Report on sanitation, dispensaries, and jails in Rajputana for 1919, and on vaccination for the year 1919-1920 - 1919-1920
Year: 1919
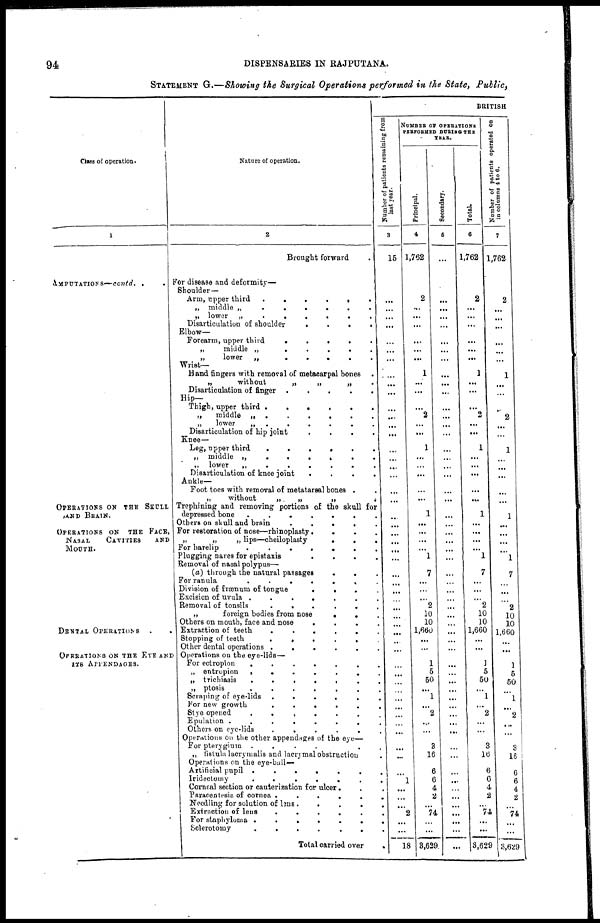
94
DISPENSARIES IN RAJPUTANA.
STATEMENT G.—Showing the Surgical Operations performed in the State, Public,
Class of operation.
1
AMPUTATIONS—contd. . .
OPERATIONS ON THE SKULL
AND BRAIN.
OPERATIONS ON THE FACE,
NASAL
CAVITIES
AND
MOUTH.
DENTAL OPERATIONS . .
OPERATIONS ON THE EYE AND
ITS APPENDACES.
Nature of operation.
2
Brought forward .
For disease and deformity—
Shoulder—
Arm, upper third
.
.
.
.
.
.
„ middle „
.
.
.
.
.
.
„ lower
„
.
.
.
.
.
.
Disarticulation of shoulder
.
.
.
.
Elbow—
Forearm, upper third
.
.
.
. .
„
middle „
.
.
.
.
.
„
lower
„
.
.
.
.
.
Wrist—
Hand fingers with removal of metacarpal bones
.
„
without
„
„
„ .
Disarticulation of finger .
.
.
.
.
Hip—
Thigh, upper third .
.
.
.
.
.
„
middle .
.
.
.
.
.
.
„
lower
.
.
.
.
.
.
.
Disarticulation of hip joint
.
.
.
.
Knee—
Leg, upper third
.
.
.
.
.
.
„ middle „
.
.
.
.
.
.
„ lower
„
.
.
.
.
.
.
Disarticulation of knee joint
.
.
.
.
Ankle—
Foot toes with removal of metatarsal bones . .
„
without
„
„
„
.
Trephining and removing portions of the skull for
depressed bone
.
.
.
.
.
.
.
Others on skull and brain
.
.
.
.
.
For restoration of nose—rhinoplasty.
.
.
.
„
„
„ lips—cheiloplasty
.
.
.
For harelip
.
.
.
.
.
.
Plugging naves for epistaxis
.
.
.
.
Removal of nasal polypus—
(a) through the natural passages
.
. .
For ranula
.
.
.
.
.
.
.
Division of frænum of tongue
.
.
.
.
Excision of uvula .
.
.
.
.
.
.
Removal of tonsils
.
.
.
.
.
.
„
foreign bodies from nose
.
. .
Others on mouth, face and nose
.
.
.
.
Extraction of teeth
.
.
.
.
.
.
Stopping of teeth
.
.
.
.
.
.
Other dental operations .
.
.
.
.
.
Operations on the eye-lids—
For ectropion
.
.
.
.
.
.
.
„ entropion
.
.
.
.
.
.
.
„ trichiasis
.
.
.
.
.
.
.
„ ptosis
.
.
.
.
.
.
.
Scraping of eye-lids .
.
.
.
.
.
For new growth
.
.
.
.
.
.
Stye opened
.
.
.
.
.
.
.
Epulation .
.
.
.
.
.
.
Others on eye-lids
.
.
.
.
.
.
Operations on the other appendages of the eye—
For pterygium .
.
.
.
.
„ fistula lacrymalis and laerymal obstruction .
Operations on the eye-ball—
Artificial pupil .
.
.
.
.
.
.
Iridectomy
.
.
.
.
.
.
.
Cornsal section or cauterization for ulcer. . .
Paracentesis of cornea .
.
.
.
.
.
Needling for solution of lens .
.
.
.
.
Extraction of lens
.
.
.
.
.
.
For staphyloma .
.
.
.
.
.
.
Sclerotomy
.
.
.
.
.
.
.
Total carried over
.
BRITISH
Number of patients remaining from
last year.
3
15
...
...
...
...
...
...
...
...
...
...
...
...
...
...
...
...
...
...
...
...
...
...
...
...
...
...
...
...
...
...
...
...
...
...
...
...
...
...
...
...
...
...
...
...
...
...
...
...
1
...
...
...
2
...
...
18
NUMBER OF OPERATIONS
PERFORMED DURING THE
YEAR.
Principal.
Secondary.
Total.
4
1,762
2
...
...
...
...
...
...
1
...
...
...
2
...
...
1
...
...
...
...
...
1
...
...
...
...
1
7
...
...
...
2
10
10
1,660
...
...
1
5
50
...
1
...
2
...
...
3
16
6
6
4
2
...
74
...
...
3,629
5
...
...
...
...
...
...
...
...
...
...
...
...
...
...
...
...
...
...
...
...
...
...
...
...
...
...
...
...
...
...
...
...
...
...
...
...
...
...
...
...
...
...
...
...
...
...
...
...
...
...
...
...
...
...
...
...
...
6
1,762
2
...
...
...
...
...
...
1
...
...
...
2
...
...
1
...
...
...
...
...
1
...
...
...
...
1
7
...
...
...
2
10
10
1,660
...
...
1
5
50
...
1
...
2
...
...
3
16
6
6
4
2
...
74
...
...
3,629
Number of patients operated on
in columns 4 to 6.
7
1,762
2
...
...
...
...
...
...
1
...
...
...
2
...
...
1
...
...
...
...
...
1
...
...
...
...
1
7
...
...
...
2
10
10
1,660
...
1
5
50
...
1
...
2
...
3
16
6
6
4
2
...
74
...
...
3,629